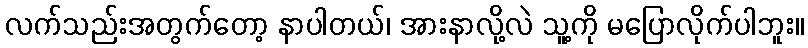
လက်သည်းအတွက်တော့ နာပါတယ်၊ အားနာလို့လဲ သူ့ကို မပြောလိုက်ပါဘူး။